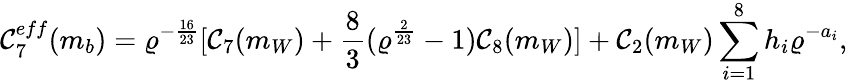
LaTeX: \mathcal{C}_{7}^{eff}(m_{b})=\varrho^{-\frac{{16}}{{23}}}[\mathcal{C}_{7}(m_{W})+\frac{{8}}{{3}}(\varrho^{\frac{{2}}{{23}}}-1)\mathcal{C}_{8}(m_{W})]+\mathcal{C}_{2}(m_{W})\sum_{i=1}^{8}h_{i}\varrho^{-a_{i}},